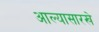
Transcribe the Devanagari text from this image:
आल्‍यासारखे